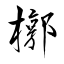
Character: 槨